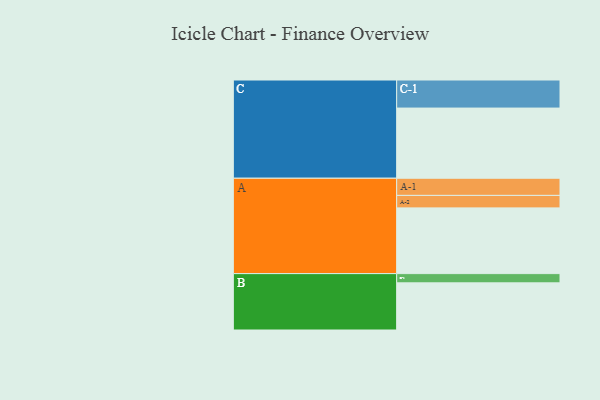
{"axis": {"x": "Segment", "y": "Value"}, "legend": ["", "A", "B", "C"], "data": [{"x": "A", "y": 548, "type": ""}, {"x": "B", "y": 393, "type": ""}, {"x": "C", "y": 585, "type": ""}, {"x": "A-1", "y": 143, "type": "A"}, {"x": "A-2", "y": 104, "type": "A"}, {"x": "B-1", "y": 77, "type": "B"}, {"x": "C-1", "y": 234, "type": "C"}]}